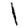
Digit: 1